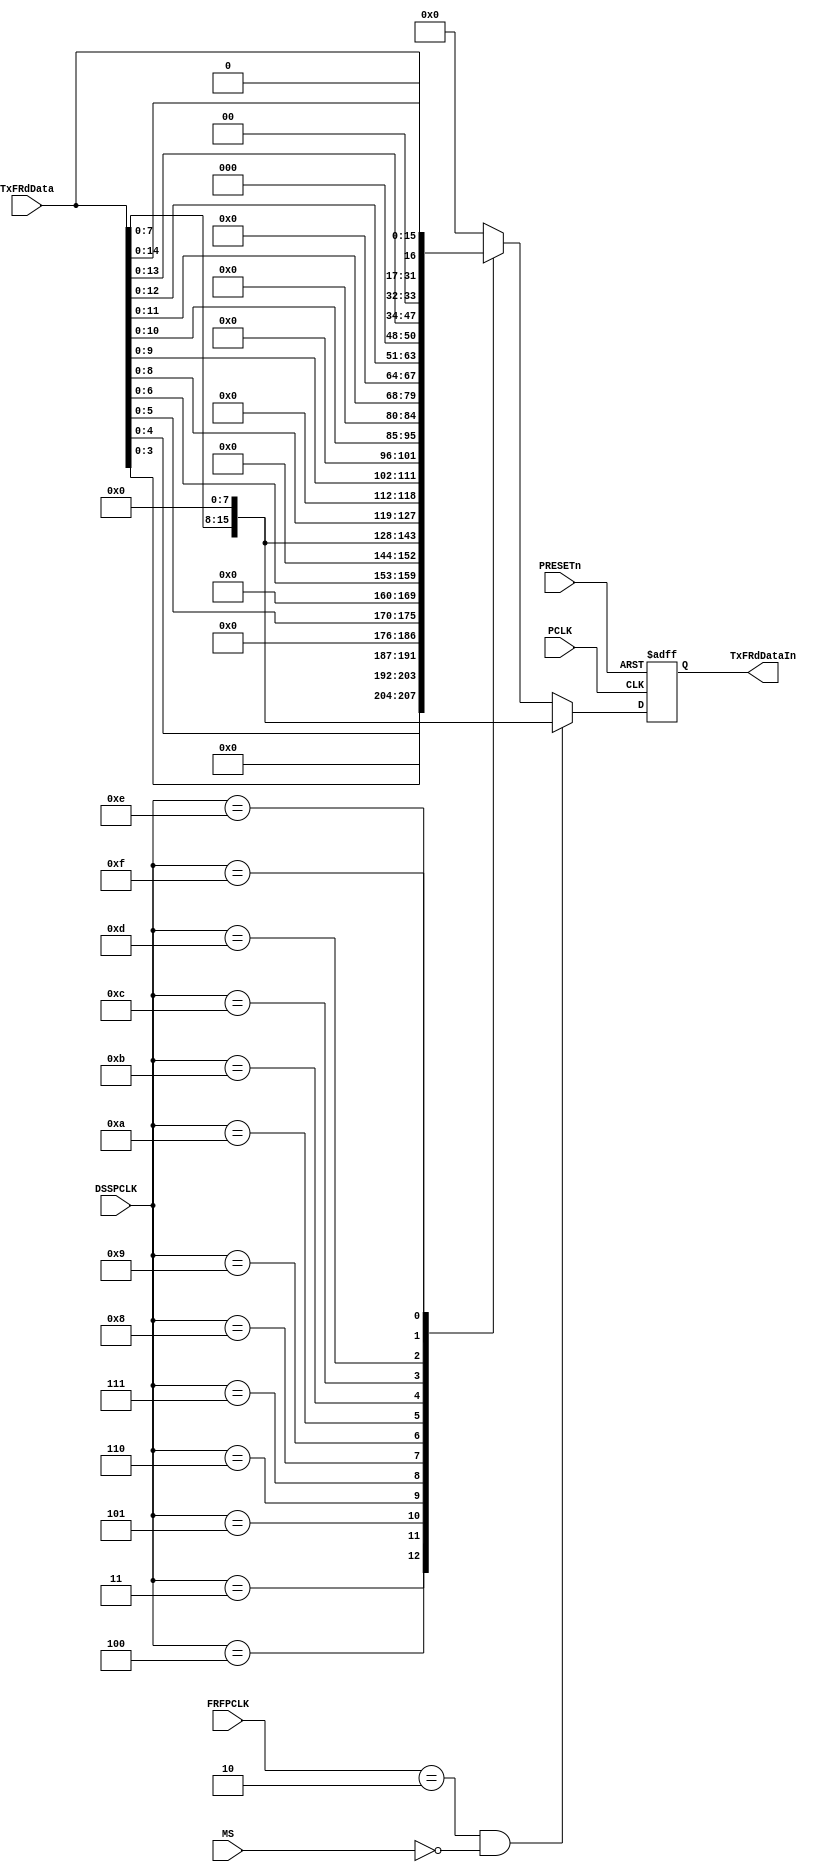
// --=========================================================================--
//  This confidential and proprietary software may be used only as
//  authorised by a licensing agreement from ARM Limited
//    (C) COPYRIGHT 2007-2008 ARM Limited
//        ALL RIGHTS RESERVED
//  The entire notice above must be reproduced on all authorised
//  copies and copies may only be made to the extent permitted
//  by a licensing agreement from ARM Limited.
// -----------------------------------------------------------------------------
//  
//  Version and Release Control Information:
//  
//  File Revision          : 20363
//  
//  Release Information : Cortex-M0 DesignStart-r2p0-00rel0
//  
// -----------------------------------------------------------------------------
  
// -----------------------------------------------------------------------------

// Purpose      : This modules left-justifies transmit data.

// --=========================================================================--

`timescale 1ns/1ps

//  ----------------------------------------------------------------------------

module SspTxLJustify (
// Inputs
                      PCLK, 
                      PRESETn, 
                      FRFPCLK, 
                      DSSPCLK, 
                      TxFRdData, 
                      MS,
// Output
                      TxFRdDataIn
                     );
// Inputs
input         PCLK;              // APB bus clock
input         PRESETn;           // APB bus reset
input   [1:0] FRFPCLK;           // Frame format
input   [3:0] DSSPCLK;           // Data size
input  [15:0] TxFRdData;         // From FIFO
input         MS;                // Master or Slave Select bit
// Output
output [15:0] TxFRdDataIn;       // To TxRx block

// -----------------------------------------------------------------------------
//
//                     SspTxLJustify
//                     =============
//
// -----------------------------------------------------------------------------
//
// Overview
// ========
//
//  Transmit data written into the transmit FIFO is right justified. In order
// to facilitate shifting out of data by the transmit state machine, the
// transmit data is left-justified and driven. The unused bottom bits in the
// 16-bit data output, is filled with zeros.
//
//  For example, a 4-bit transmit data is stored in the transmit FIFO in the
// form :
//
//        0  0  0  0  0  0  0  0  0  0  0  0 d3 d2 d1 d0
//
// In the SspTxLJustify module, this data is left-justfied and driven out in the
// form :
//
//        d3 d2 d1 d0 0  0  0  0  0  0  0  0  0  0  0  0
//
//   The case of National Microwire Frame format is a special case, in that the
// transmit data is always 8-bit wide and is independent of the DSS[3:0] (Data
// Size Select) field in the SSCR0 control register.
//
// -----------------------------------------------------------------------------

// -----------------------------------------------------------------------------
// Register declaration
// -----------------------------------------------------------------------------
reg [15:0] TxFRdDataIn;
// Left-justified data output

reg [15:0] NextTxFRdDataIn;
// D-input of TxFRdDataIn

// -----------------------------------------------------------------------------
//
// Main body of code
// =================
//
// -----------------------------------------------------------------------------

// -----------------------------------------------------------------------------
// Generate TxFRdDataIn by filling the top bits with significant bits from
// TxFRdData and by zero-filling the remaining lower order bits.
// If the Frame format is National Microwire and is in Master mode, then 
// ignore DSS and use a fixed transmit data width of 8 bits.
// -----------------------------------------------------------------------------
always @(TxFRdData or FRFPCLK or DSSPCLK or TxFRdDataIn or MS)
begin : p_LJustComb
  NextTxFRdDataIn = TxFRdDataIn;
  if (FRFPCLK == 2'b10 & MS == 1'b0)
    NextTxFRdDataIn = { TxFRdData[7:0], 8'h00 };
  else
    begin
      NextTxFRdDataIn = 16'h0000;
      case (DSSPCLK)
        4'b0011 :
          NextTxFRdDataIn = { TxFRdData[3:0]  , 12'b000000000000 };
        4'b0100 :
          NextTxFRdDataIn = { TxFRdData[4:0]  , 11'b00000000000 };
        4'b0101 :
          NextTxFRdDataIn = { TxFRdData[5:0]  , 10'b0000000000 };
        4'b0110 :
          NextTxFRdDataIn = { TxFRdData[6:0]  ,  9'b000000000 };
        4'b0111 :
          NextTxFRdDataIn = { TxFRdData[7:0]  ,  8'b00000000 };
        4'b1000 :
          NextTxFRdDataIn = { TxFRdData[8:0]  ,  7'b0000000 };
        4'b1001 :
          NextTxFRdDataIn = { TxFRdData[9:0]  ,  6'b000000 };
        4'b1010 :
          NextTxFRdDataIn = { TxFRdData[10:0] ,  5'b00000 };
        4'b1011 :
          NextTxFRdDataIn = { TxFRdData[11:0] ,  4'b0000 };
        4'b1100 :
          NextTxFRdDataIn = { TxFRdData[12:0] ,  3'b000 };
        4'b1101 :
          NextTxFRdDataIn = { TxFRdData[13:0] ,  2'b00 };
        4'b1110 :
          NextTxFRdDataIn = { TxFRdData[14:0] ,  1'b0 };
        4'b1111 :
          NextTxFRdDataIn =  TxFRdData[15:0];
        default :
          NextTxFRdDataIn = 16'h0000;
      endcase
    end
end // p_LJustComb

// -----------------------------------------------------------------------------
// Sequential process for TxFRdDataIn generation
// -----------------------------------------------------------------------------
always @(posedge PCLK or negedge PRESETn)
begin : p_LJustSeq
  if (PRESETn == 1'b0)
    TxFRdDataIn <= 16'h0000;
  else
    TxFRdDataIn <= NextTxFRdDataIn;
end // p_LJustSeq

endmodule
 
// --================================= End ===================================--